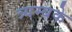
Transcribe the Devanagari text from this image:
त्र्यम्बके